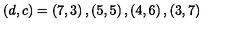
( d , c ) = \left( 7 , 3 \right) , \left( 5 , 5 \right) , \left( 4 , 6 \right) , \left( 3 , 7 \right)